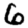
Digit: 6